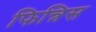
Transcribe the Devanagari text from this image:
फिन्निस